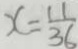
x = \frac { 1 1 } { 3 6 }